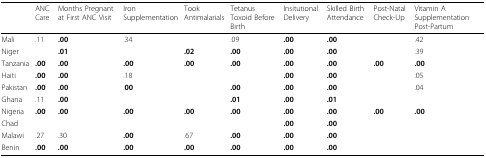
<table><thead><tr><td></td><td><b>ANC Care</b></td><td><b>Months Pregnant at First ANC Visit</b></td><td><b>Iron Supplementation</b></td><td><b>Took Antimalarials</b></td><td><b>Tetanus Toxoid Before Birth</b></td><td><b>Insitutional Delivery</b></td><td><b>Skilled Birth Attendance</b></td><td><b>Post-Natal Check-Up</b></td><td><b>Vitamin A Supplementation Post-Partum</b></td></tr></thead><tbody><tr><td>Mali</td><td>.11</td><td><b>.00</b></td><td>.34</td><td></td><td>.09</td><td><b>.00</b></td><td><b>.00</b></td><td></td><td>.42</td></tr><tr><td>Niger</td><td></td><td><b>.01</b></td><td></td><td><b>.02</b></td><td><b>.00</b></td><td><b>.00</b></td><td><b>.00</b></td><td></td><td>.39</td></tr><tr><td>Tanzania</td><td><b>.00</b></td><td><b>.00</b></td><td><b>.00</b></td><td><b>.00</b></td><td><b>.00</b></td><td><b>.00</b></td><td><b>.00</b></td><td><b>.00</b></td><td><b>.00</b></td></tr><tr><td>Haiti</td><td><b>.00</b></td><td><b>.00</b></td><td>.18</td><td></td><td></td><td><b>.00</b></td><td><b>.00</b></td><td></td><td>.05</td></tr><tr><td>Pakistan</td><td><b>.00</b></td><td><b>.00</b></td><td>.<b>00</b></td><td></td><td><b>.00</b></td><td><b>.00</b></td><td><b>.00</b></td><td></td><td>.04</td></tr><tr><td>Ghana</td><td>.11</td><td><b>.00</b></td><td></td><td></td><td><b>.01</b></td><td><b>.00</b></td><td><b>.01</b></td><td></td><td></td></tr><tr><td>Nigeria</td><td><b>.00</b></td><td><b>.00</b></td><td><b>.00</b></td><td><b>.00</b></td><td><b>.00</b></td><td><b>.00</b></td><td><b>.00</b></td><td><b>.00</b></td><td><b>.00</b></td></tr><tr><td>Chad</td><td></td><td></td><td></td><td></td><td></td><td><b>.00</b></td><td><b>.00</b></td><td></td><td></td></tr><tr><td>Malawi</td><td>.27</td><td>.30</td><td><b>.00</b></td><td>.67</td><td><b>.00</b></td><td><b>.00</b></td><td><b>.00</b></td><td></td><td></td></tr><tr><td>Benin</td><td><b>.00</b></td><td><b>.00</b></td><td><b>.00</b></td><td><b>.00</b></td><td><b>.00</b></td><td><b>.00</b></td><td><b>.00</b></td><td></td><td></td></tr></tbody></table>